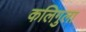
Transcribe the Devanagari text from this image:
कलिगुला